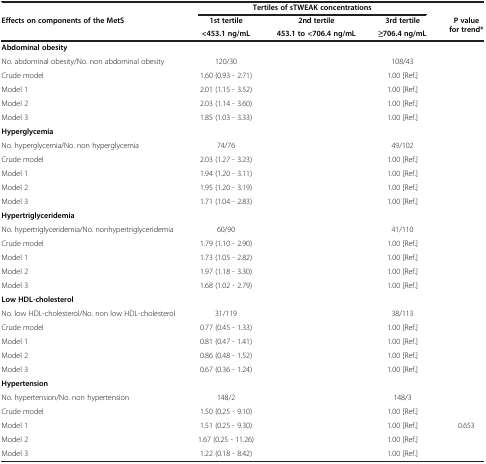
<table><thead><tr><td>[EMPTY_CELL]</td><td colspan="3"><b>Tertiles of sTWEAK concentrations</b></td><td>[EMPTY_CELL]</td></tr><tr><td><b>Effects on components of the MetS</b></td><td><b>1st tertile</b></td><td><b>2nd tertile</b></td><td><b>3rd tertile</b></td><td><b>P value for trend*</b></td></tr><tr><td>[EMPTY_CELL]</td><td><b>&lt;453.1 ng/mL</b></td><td><b>453.1 to &lt;706.4 ng/mL</b></td><td><b>≥706.4 ng/mL</b></td><td>[EMPTY_CELL]</td></tr></thead><tbody><tr><td><b>Abdominal obesity</b></td><td>[EMPTY_CELL]</td><td>[EMPTY_CELL]</td><td>[EMPTY_CELL]</td><td>[EMPTY_CELL]</td></tr><tr><td>No. abdominal obesity/No. non abdominal obesity</td><td>120/30</td><td>[EMPTY_CELL]</td><td>108/43</td><td>[EMPTY_CELL]</td></tr><tr><td>Crude model</td><td>1.60 (0.93 - 2.71)</td><td>[EMPTY_CELL]</td><td>1.00 [Ref.]</td><td>[EMPTY_CELL]</td></tr><tr><td>Model 1</td><td>2.01 (1.15 - 3.52)</td><td>[EMPTY_CELL]</td><td>1.00 [Ref.]</td><td>[EMPTY_CELL]</td></tr><tr><td>Model 2</td><td>2.03 (1.14 - 3.60)</td><td>[EMPTY_CELL]</td><td>1.00 [Ref.]</td><td>[EMPTY_CELL]</td></tr><tr><td>Model 3</td><td>1.85 (1.03 - 3.33)</td><td>[EMPTY_CELL]</td><td>1.00 [Ref.]</td><td>[EMPTY_CELL]</td></tr><tr><td><b>Hyperglycemia</b></td><td>[EMPTY_CELL]</td><td>[EMPTY_CELL]</td><td>[EMPTY_CELL]</td><td>[EMPTY_CELL]</td></tr><tr><td>No. hyperglycemia/No. non hyperglycemia</td><td>74/76</td><td>[EMPTY_CELL]</td><td>49/102</td><td>[EMPTY_CELL]</td></tr><tr><td>Crude model</td><td>2.03 (1.27 - 3.23)</td><td>[EMPTY_CELL]</td><td>1.00 [Ref.]</td><td>[EMPTY_CELL]</td></tr><tr><td>Model 1</td><td>1.94 (1.20 - 3.11)</td><td>[EMPTY_CELL]</td><td>1.00 [Ref.]</td><td>[EMPTY_CELL]</td></tr><tr><td>Model 2</td><td>1.95 (1.20 - 3.19)</td><td>[EMPTY_CELL]</td><td>1.00 [Ref.]</td><td>[EMPTY_CELL]</td></tr><tr><td>Model 3</td><td>1.71 (1.04 - 2.83)</td><td>[EMPTY_CELL]</td><td>1.00 [Ref.]</td><td>[EMPTY_CELL]</td></tr><tr><td><b>Hypertriglyceridemia</b></td><td>[EMPTY_CELL]</td><td>[EMPTY_CELL]</td><td>[EMPTY_CELL]</td><td>[EMPTY_CELL]</td></tr><tr><td>No. hypertriglyceridemia/No. nonhypertriglyceridemia</td><td>60/90</td><td>[EMPTY_CELL]</td><td>41/110</td><td>[EMPTY_CELL]</td></tr><tr><td>Crude model</td><td>1.79 (1.10 - 2.90)</td><td>[EMPTY_CELL]</td><td>1.00 [Ref.]</td><td>[EMPTY_CELL]</td></tr><tr><td>Model 1</td><td>1.73 (1.05 - 2.82)</td><td>[EMPTY_CELL]</td><td>1.00 [Ref.]</td><td>[EMPTY_CELL]</td></tr><tr><td>Model 2</td><td>1.97 (1.18 - 3.30)</td><td>[EMPTY_CELL]</td><td>1.00 [Ref.]</td><td>[EMPTY_CELL]</td></tr><tr><td>Model 3</td><td>1.68 (1.02 - 2.79)</td><td>[EMPTY_CELL]</td><td>1.00 [Ref.]</td><td>[EMPTY_CELL]</td></tr><tr><td><b>Low HDL-cholesterol</b></td><td>[EMPTY_CELL]</td><td>[EMPTY_CELL]</td><td>[EMPTY_CELL]</td><td>[EMPTY_CELL]</td></tr><tr><td>No. low HDL-cholesterol/No. non low HDL-cholesterol</td><td>31/119</td><td>[EMPTY_CELL]</td><td>38/113</td><td>[EMPTY_CELL]</td></tr><tr><td>Crude model</td><td>0.77 (0.45 - 1.33)</td><td>[EMPTY_CELL]</td><td>1.00 [Ref.]</td><td>[EMPTY_CELL]</td></tr><tr><td>Model 1</td><td>0.81 (0.47 - 1.41)</td><td>[EMPTY_CELL]</td><td>1.00 [Ref.]</td><td>[EMPTY_CELL]</td></tr><tr><td>Model 2</td><td>0.86 (0.48 - 1.52)</td><td>[EMPTY_CELL]</td><td>1.00 [Ref.]</td><td>[EMPTY_CELL]</td></tr><tr><td>Model 3</td><td>0.67 (0.36 - 1.24)</td><td>[EMPTY_CELL]</td><td>1.00 [Ref.]</td><td>[EMPTY_CELL]</td></tr><tr><td><b>Hypertension</b></td><td>[EMPTY_CELL]</td><td>[EMPTY_CELL]</td><td>[EMPTY_CELL]</td><td>[EMPTY_CELL]</td></tr><tr><td>No. hypertension/No. non hypertension</td><td>148/2</td><td>[EMPTY_CELL]</td><td>148/3</td><td>[EMPTY_CELL]</td></tr><tr><td>Crude model</td><td>1.50 (0.25 - 9.10)</td><td>[EMPTY_CELL]</td><td>1.00 [Ref.]</td><td>[EMPTY_CELL]</td></tr><tr><td>Model 1</td><td>1.51 (0.25 - 9.30)</td><td>[EMPTY_CELL]</td><td>1.00 [Ref.]</td><td>0.653</td></tr><tr><td>Model 2</td><td>1.67 (0.25 - 11.26)</td><td>[EMPTY_CELL]</td><td>1.00 [Ref.]</td><td>[EMPTY_CELL]</td></tr><tr><td>Model 3</td><td>1.22 (0.18 - 8.42)</td><td>[EMPTY_CELL]</td><td>1.00 [Ref.]</td><td>[EMPTY_CELL]</td></tr></tbody></table>